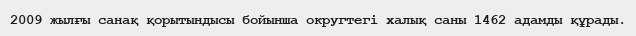
2009 жылғы санақ қорытындысы бойынша округтегі халық саны 1462 адамды құрады.